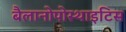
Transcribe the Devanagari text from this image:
बैलानोपोस्थाइटिस